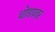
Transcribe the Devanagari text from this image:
धोडपवर